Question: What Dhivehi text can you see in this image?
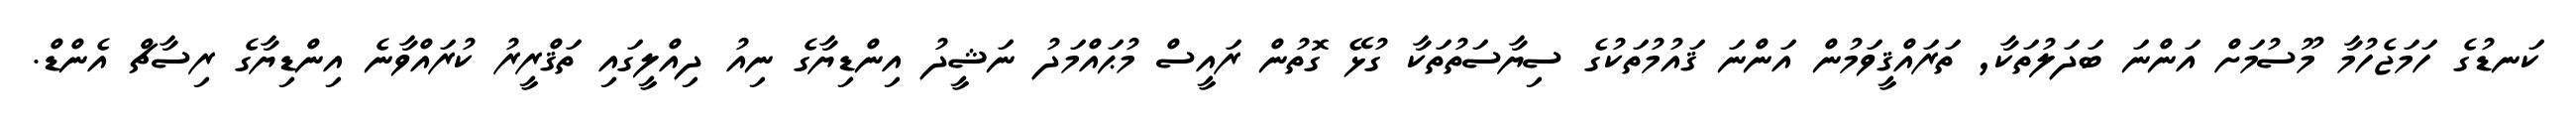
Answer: ކަނޑުގެ ހަމަޖެހުމާ މޫސުމަށް އަންނަ ބަދަލުތަކާ, ތަރައްޤީވަމުން އަންނަ ޤައުމުތަކުގެ ސިޔާސަތުތަކާ ގުޅޭ ގޮތުން ރައީސް މުޙައްމަދު ނަޝީދު އިންޑިޔާގެ ނިއު ދިއްލީގައި ތަޤްރީރު ކުރައްވާނެ އިންޑިޔާގެ ރިސާޗް އެންޑް.